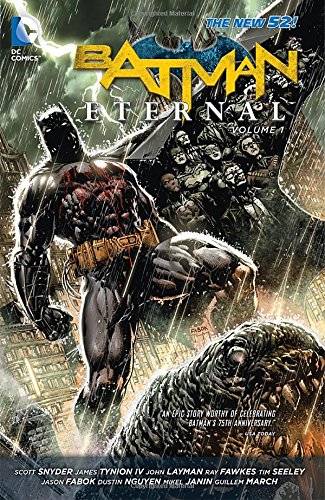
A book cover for Batman Eternal Vol. 1 (The New 52); Scott Snyder; Comics & Graphic Novels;